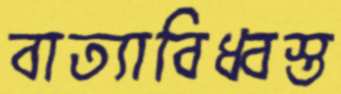
বাত্যাবিধ্বস্ত